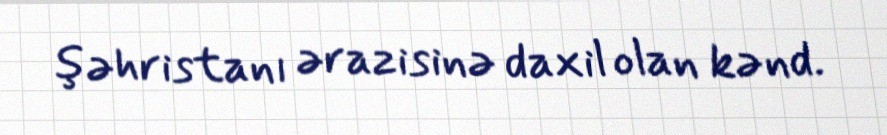
şəhristanı ərazisinə daxil olan kənd.